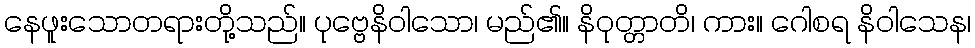
နေဖူးသောတရားတို့သည်။ ပုဗ္ဗေနိဝါသော၊ မည်၏။ နိဝုတ္တာတိ၊ ကား။ ဂေါစရ နိဝါသေန၊